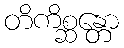
တိကိစ္ဆန္တော